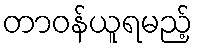
တာဝန်ယူရမည့်